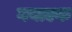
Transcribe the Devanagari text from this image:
गयाएक